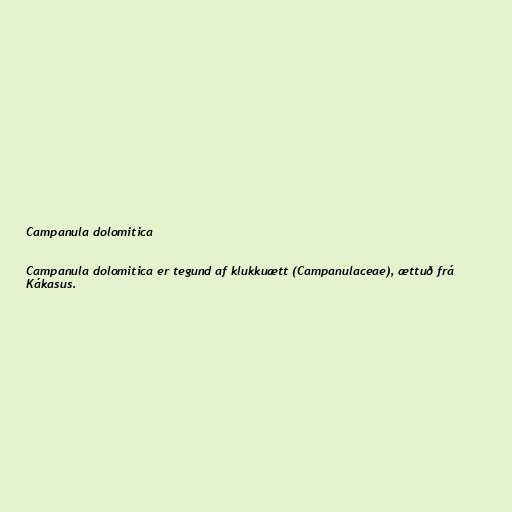
Campanula dolomitica

Campanula dolomitica er tegund af klukkuætt (Campanulaceae), ættuð frá
Kákasus.